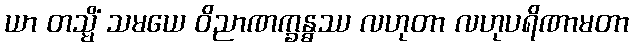
ယာ တသ္မိံ သမယေ ဝိညာဏက္ခန္ဓဿ လဟုတာ လဟုပရိဏာမတာ